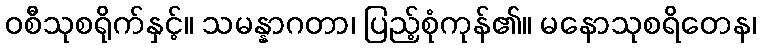
ဝစီသုစရိုက်နှင့်။ သမန္နာဂတာ၊ ပြည့်စုံကုန်၏။ မနောသုစရိတေန၊